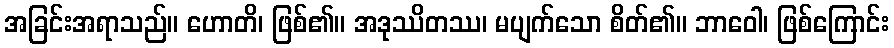
အခြင်းအရာသည်။ ဟောတိ၊ ဖြစ်၏။ အဒုဿိတဿ၊ မပျက်သော စိတ်၏။ ဘာဝေါ၊ ဖြစ်ကြောင်း